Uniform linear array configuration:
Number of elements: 12
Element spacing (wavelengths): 0.5
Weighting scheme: exponential
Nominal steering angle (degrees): -15
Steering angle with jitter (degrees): -16.357
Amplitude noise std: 0.05
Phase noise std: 0.05

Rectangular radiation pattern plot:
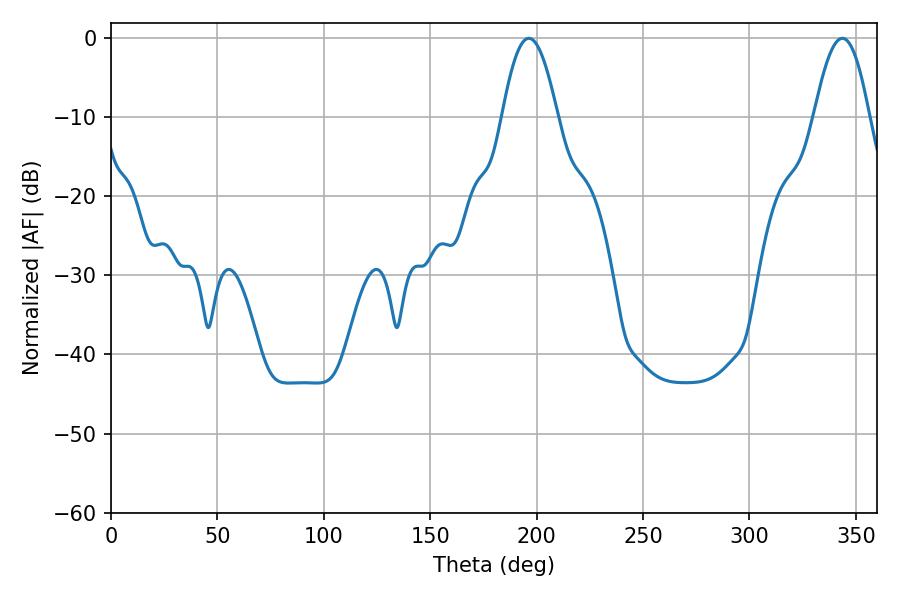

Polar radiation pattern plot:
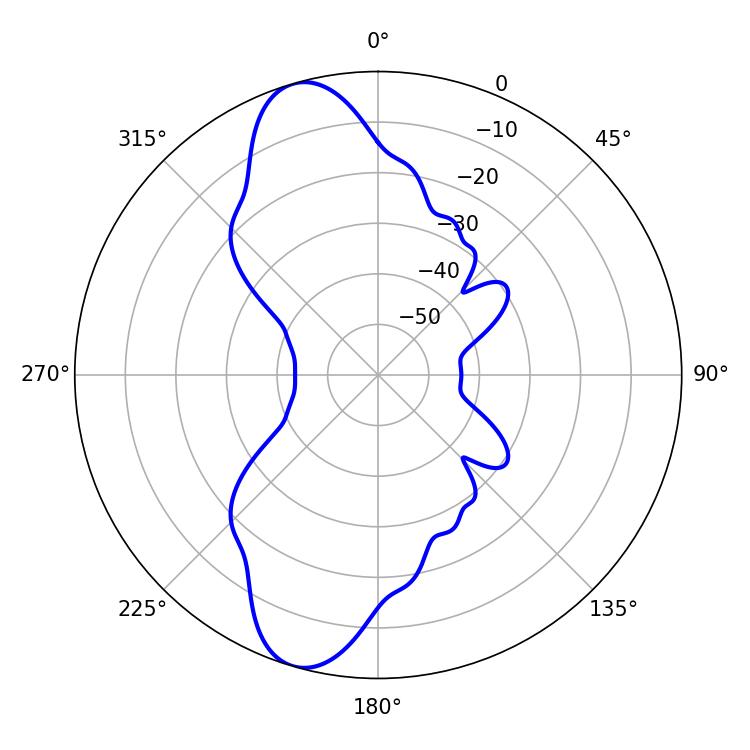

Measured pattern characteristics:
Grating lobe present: FALSE
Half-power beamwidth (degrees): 14.22
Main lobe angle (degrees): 196.38